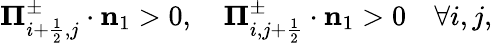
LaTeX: {\mathbf\Pi}_{i+\frac{1}{2},j}^{\pm}\cdot\mathbf{n}_{1}>0,\quad{\mathbf\Pi}_{i,j+\frac{1}{2}}^{\pm}\cdot\mathbf{n}_{1}>0\quad\forall i,j,